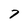
Character: 7